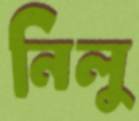
নিলু